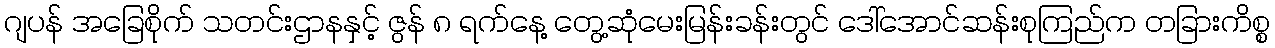
ဂျပန် အခြေစိုက် သတင်းဌာနနှင့် ဇွန် ၈ ရက်နေ့ တွေ့ဆုံမေးမြန်းခန်းတွင် ဒေါ်အောင်ဆန်းစုကြည်က တခြားကိစ္စ